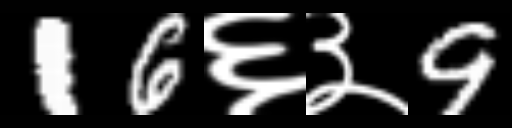
Text: 16६३9